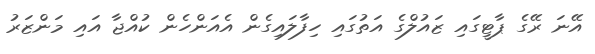
އޭނަ ރޭގެ ޕާޓީގައި ޒައުލްގެ އަތުގައި ހިފާލައިގެން އެއަންހެން ކުއްޖާ އައި މަންޒަރު